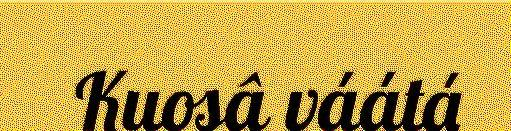
Kuosâ váátá